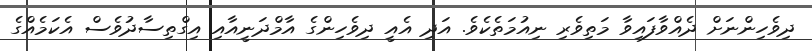
ދިވެހިންނަށް ދެއްވާފައިވާ މަތިވެރި ނިއުމަތެކެވެ. އަދި އެއީ ދިވެހިންގެ އާމްދަނީއާއި އިގްތިސާދުވެސް އެކަމެއްގެ